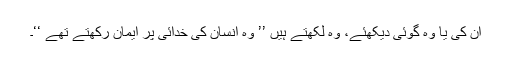
ان کی یا وہ گوئی دیکھئے، وہ لکھتے ہیں ’’ وہ انسان کی خدائی پر ایمان رکھتے تھے ‘‘۔